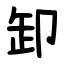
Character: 卸